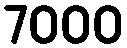
7000